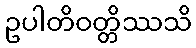
ဥပါတိဝတ္တိဿသိ